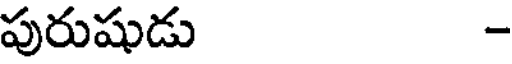
పురుషుడు -